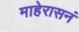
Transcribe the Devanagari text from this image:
माहेरासनं